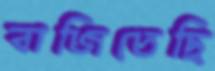
বাজিতেছি